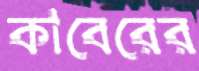
কাবেরের